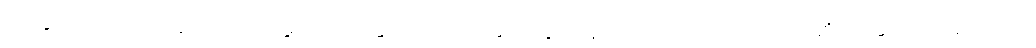
ရေနှင့်ရောလျှင် (ဆာလောင်မွတ်သိပ်ခြင်း ပိပါသအကြောင်းရှိလျှင် သောက်ကောင်း၏ဟု ဆိုသောကြောင့်)